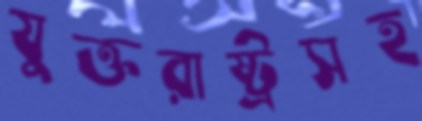
যুক্তরাষ্ট্রসহ